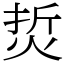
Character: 烲